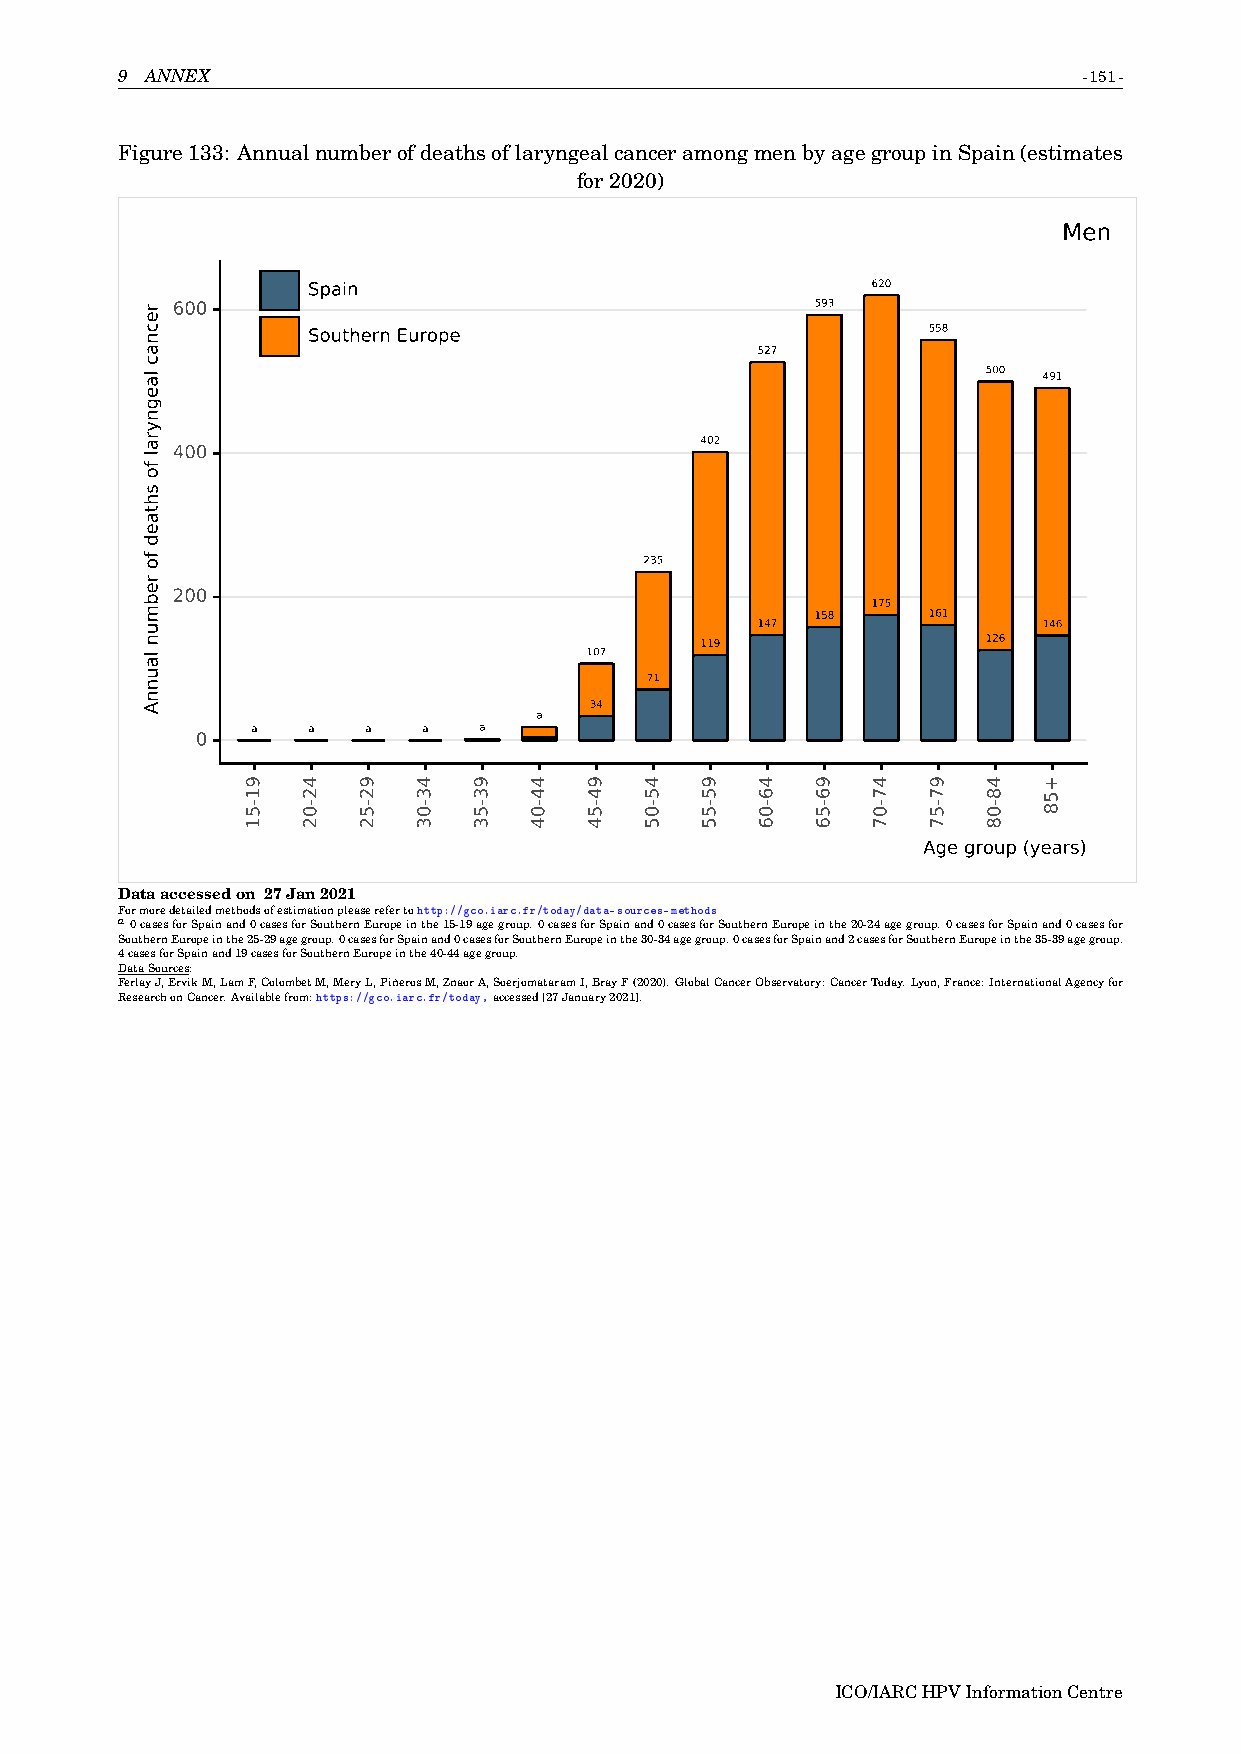
9 ANNEX                                                         -151-
 Figure133: AnnualnumberofdeathsoflaryngealcanceramongmenbyagegroupinSpain(estimates
 for2020)
 Men
 Spain                                 620
 600                                        593
 Southern Europe                          558
 527
 500 491
 402
 400
 235
 200
 175
 158    161
 147                146
 119                126
 107
 71
 34
 a
 a  a   a   a   a
 0
 Age group (years)
 Dataaccessedon 27Jan2021
 Formoredetailedmethodsofestimationpleaserefertohttp://gco.iarc.fr/today/data-sources-methods
 a0casesforSpainand0casesforSouthernEuropeinthe15-19agegroup.0casesforSpainand0casesforSouthernEuropeinthe20-24agegroup.0casesforSpainand0casesfor
 SouthernEuropeinthe25-29agegroup.0casesforSpainand0casesforSouthernEuropeinthe30-34agegroup.0casesforSpainand2casesforSouthernEuropeinthe35-39agegroup.
 4casesforSpainand19casesforSouthernEuropeinthe40-44agegroup.
 DataSources:
 FerlayJ,ErvikM,LamF,ColombetM,MeryL,PiñerosM,ZnaorA,SoerjomataramI,BrayF(2020).GlobalCancerObservatory:CancerToday.Lyon,France:InternationalAgencyfor
 ResearchonCancer.Availablefrom:https://gco.iarc.fr/today,accessed[27January2021].
 ICO/IARCHPVInformationCentre
 recnac
 laegnyral
 fo
 shtaed
 fo
 rebmun
 launnA
 91-51 42-02 92-52 43-03 93-53 44-04 94-54 45-05 95-55 46-06 96-56 47-07 97-57 48-08 +58